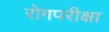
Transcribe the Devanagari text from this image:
रोगपरीक्षा